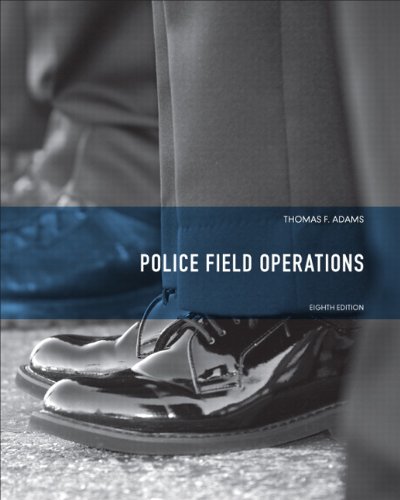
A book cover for Police Field Operations (8th Edition) (Always Learning); Thomas F. Adams; Law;